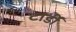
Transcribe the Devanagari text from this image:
टार्डी